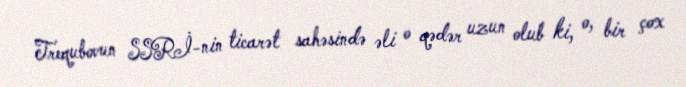
Trequbovun SSRİ-nin ticarət sahəsində əli o qədər uzun olub ki, o, bir çox